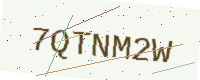
Text: 7QTNM2W